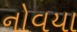
નોવયા